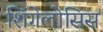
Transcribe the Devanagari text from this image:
शिंगेलोसिस